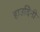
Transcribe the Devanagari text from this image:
हाउदिनी